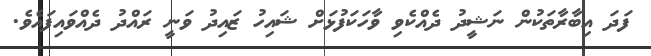
ފަދަ އިބާރާތަކުން ނަޝީދު ދެއްކެވި ވާހަކަފުޅަށް ޝައިހު ޒައިދު ވަނީ ރައްދު ދެއްވައިފައެވެ.